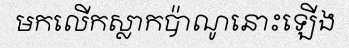
មកលើកស្លាកប៉ាណូនោះឡើង